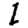
Digit: 1